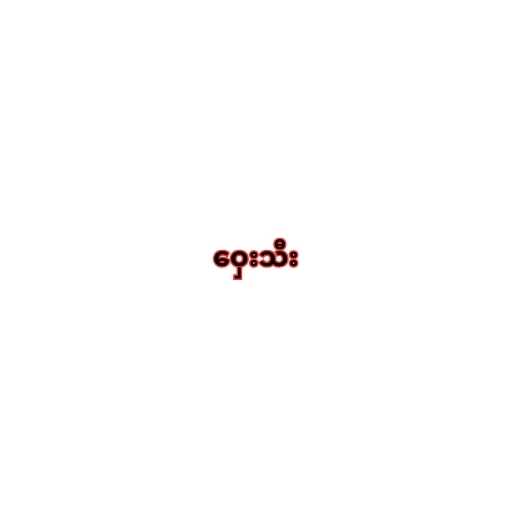
ဝှေးသီး